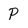
Character: P